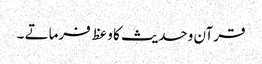
قرآن وحدیث کا وعظ فرماتے ۔